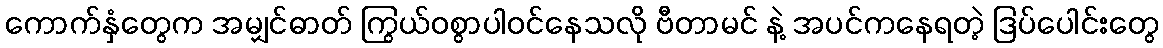
ကောက်နှံတွေက အမျှင်ဓာတ် ကြွယ်ဝစွာပါဝင်နေသလို ဗီတာမင် နဲ့ အပင်ကနေရတဲ့ ဒြပ်ပေါင်းတွေ